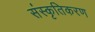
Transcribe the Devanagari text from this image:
संस्‍कृतिकरण